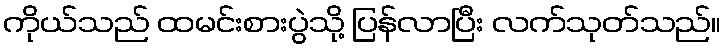
ကိုယ်သည် ထမင်းစားပွဲသို့ ပြန်လာပြီး လက်သုတ်သည်။